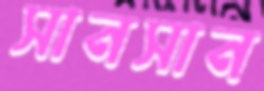
সানসান